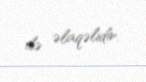
ilə əlaqəlidir.